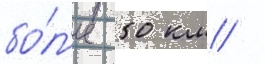
бо́л'ее 50 км /